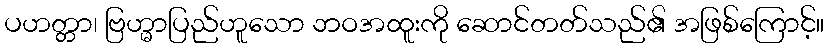
ပဟတ္တာ၊ ဗြဟ္မာပြည်ဟူသော ဘဝအထူးကို ဆောင်တတ်သည်၏ အဖြစ်ကြောင့်။